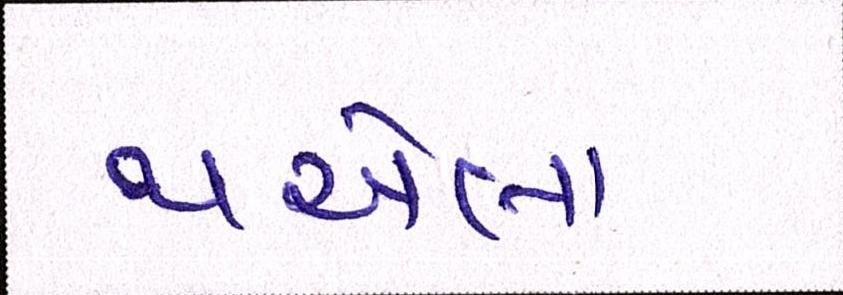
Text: થએલા